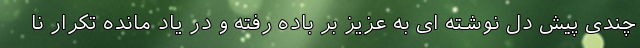
چندی پیش دل نوشته ای به عزیز بر باده رفته و در یاد مانده تکرار نا